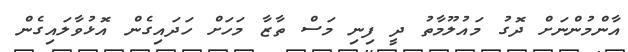
އާންމުންނަށް ދޮގު މައުލޫމާތު ދީ ފިނި މަސް ތާޒާ މަހަށް ހަދައިގެން އޮޅުވާލައިގެން